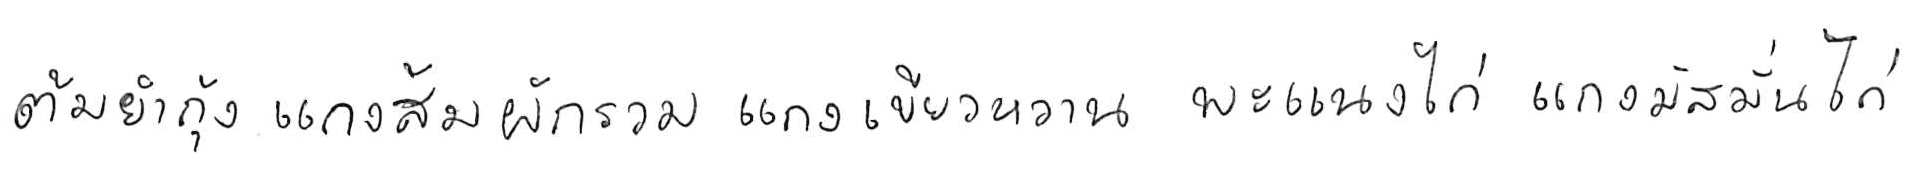
ต้มยำกุ้ง แกงส้มผักรวม แกงเขียวหวาน พะแนงไก่ แกงมัสมั่นไก่